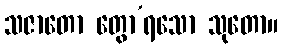
သဇာတော တွော’ရသော သုတော။